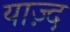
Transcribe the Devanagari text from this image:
याज़्द